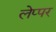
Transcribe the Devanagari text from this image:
लेप्पर